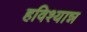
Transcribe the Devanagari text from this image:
हविश्यान्न